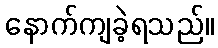
နောက်ကျခဲ့ရသည်။